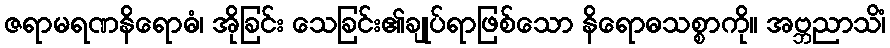
ဇရာမရဏနိရောဓံ၊ အိုခြင်း သေခြင်း၏ချုပ်ရာဖြစ်သော နိရောဓသစ္စာကို။ အဗ္ဘညာသိံ၊